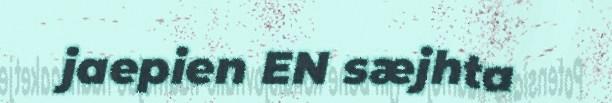
jaepien EN sæjhta